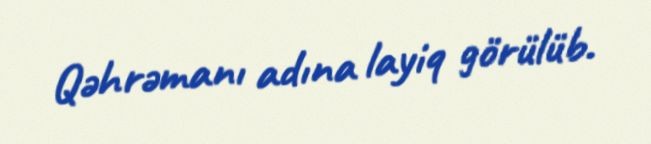
Qəhrəmanı adına layiq görülüb.